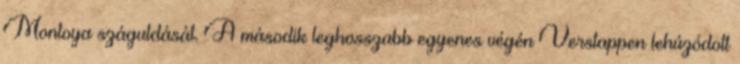
Montoya száguldását. A második leghosszabb egyenes végén Verstappen lehúzódott